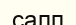
салп